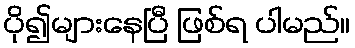
ပို၍များနေပြီ ဖြစ်ရ ပါမည်။